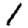
Digit: 1